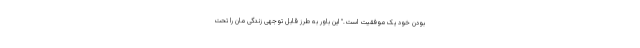
بودن خود یک موفقیت است." این باور به طرز قابل توجهی زندگی مان را تحت